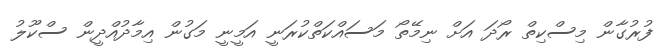
ފުރުގާން މިސްކިތް ރޯދަ އަށް ނިމޭތޯ މަސައްކަތްކުރަނީ އަމީނީ މަގުން އިމާދުއްދީން ސްކޫލު